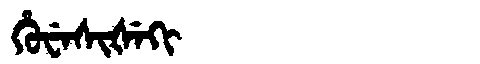
Manchu: ᡥᡠᠸᡝᠰᡳᡧᡝᡴᡳ
Romanization: HUWESIŠEKI